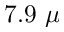
7 . 9 ~ \mu